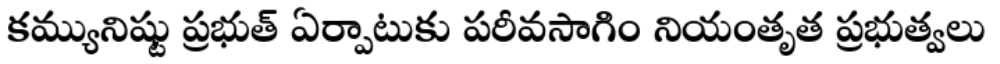
కమ్యునిష్టు ప్రభుత్ ఏర్పాటుకు పరీవసాగిం నియంతృత ప్రభుత్వలు